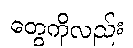
တွေကိုလည်း